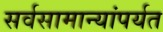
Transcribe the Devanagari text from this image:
सर्वसामान्यांपर्यत